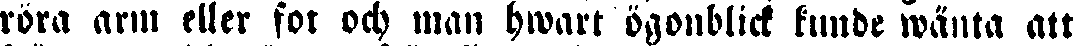
röra arm eller fot och man hwart ögonblick kunde wänta att